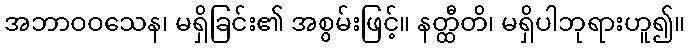
အဘာဝဝသေန၊ မရှိခြင်း၏ အစွမ်းဖြင့်။ နတ္ထီတိ၊ မရှိပါဘုရားဟူ၍။